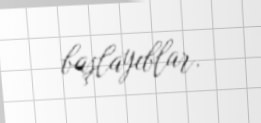
başlayıblar.